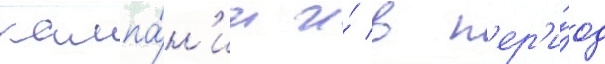
кампа́н'ии и́ в п'ер'и́од